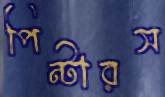
পিন্টারস